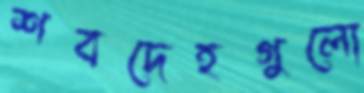
শবদেহগুলো